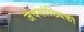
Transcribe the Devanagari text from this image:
जैवसांख्‍यिकी